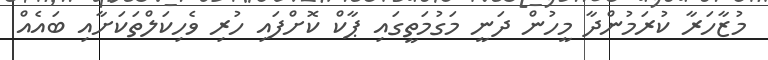
މުޒާހަރާ ކުރަމުންދާ މީހުން ދަނީ މަގުމަތީގައި ޕާކް ކޮށްފައި ހުރި ވެހިކަލްތަކަށާއި ބައެއް